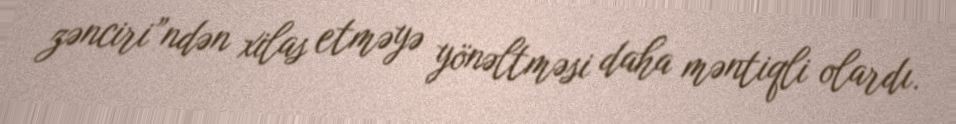
zənciri”ndən xilas etməyə yönəltməsi daha məntiqli olardı.